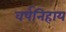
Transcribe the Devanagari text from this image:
वर्षनिहाय